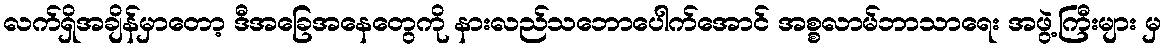
လက်ရှိအချိန်မှာတော့ ဒီအခြေအနေတွေကို နားလည်သဘောပေါက်အောင် အစ္စလာမ်ဘာသာရေး အဖွဲ့ကြီးများ မှ